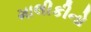
માલીકીનો